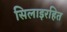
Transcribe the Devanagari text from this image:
सिलाइरहित